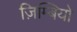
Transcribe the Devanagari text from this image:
ज़िम्बियो